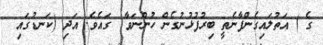
ގެ ) އަތުލައިގެންފާނެތީ ބިރުފުޅުނުގެން ހުންނަވާ  ގައެވެ. އަދި (ކަނޑުގައި